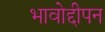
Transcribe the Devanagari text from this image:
भावोद्दीपन